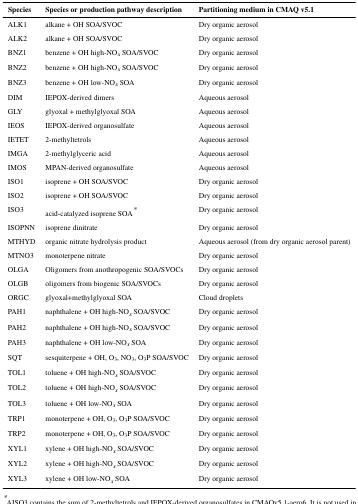
| Species | Species or production pathway description | Partitioning medium in CMAQ v5.1 |
 | --- | --- | --- |
 | ALK1 | alkane + OH SOA/SVOC | Dry organic aerosol |
 | ALK2 | alkane + OH SOA/SVOC | Dry organic aerosol |
 | BNZ1 | benzene + OH high-NOx SOA/SVOC | Dry organic aerosol |
 | BNZ2 | benzene + OH high-NOx SOA/SVOC | Dry organic aerosol |
 | BNZ3 | benzene + OH low-NOx SOA | Dry organic aerosol |
 | DIM | IEPOX-derived dimers | Aqueous aerosol |
 | GLY | glyoxal + methylglyoxal SOA | Aqueous aerosol |
 | IEOS | IEPOX-derived organosulfate | Aqueous aerosol |
 | IETET | 2-methyltetrols | Aqueous aerosol |
 | IMGA | 2-methylglyceric acid | Aqueous aerosol |
 | IMOS | MPAN-derived organosulfate | Aqueous aerosol |
 | ISO1 | isoprene + OH SOA/SVOC | Dry organic aerosol |
 | ISO2 | isoprene + OH SOA/SVOC | Dry organic aerosol |
 | ISO3 | acid-catalyzed isoprene SOA* | Dry organic aerosol |
 | ISOPNN | isoprene dinitrate | Dry organic aerosol |
 | MTHYD | organic nitrate hydrolysis product | Aqueous aerosol (from dry organic aerosol parent) |
 | MTNO3 | monoterpene nitrate | Dry organic aerosol |
 | OLGA | Oligomers from anothropogenic SOA/SVOCs | Dry organic aerosol |
 | OLGB | oligomers from biogenic SOA/SVOCs | Dry organic aerosol |
 | ORGC | glyoxal+methylglyoxal SOA | Cloud droplets |
 | PAH1 | naphthalene + OH high-NOx SOA/SVOC | Dry organic aerosol |
 | PAH2 | naphthalene + OH high-NOx SOA/SVOC | Dry organic aerosol |
 | PAH3 | naphthalene + OH low-NOx SOA | Dry organic aerosol |
 | SQT | sesquiterpene + OH, O3, NO3, O3P SOA/SVOC | Dry organic aerosol |
 | TOL1 | toluene + OH high-NOx SOA/SVOC | Dry organic aerosol |
 | TOL2 | toluene + OH high-NOx SOA/SVOC | Dry organic aerosol |
 | TOL3 | toluene + OH low-NOx SOA | Dry organic aerosol |
 | TRP1 | monoterpene + OH, O3, O3P SOA/SVOC | Dry organic aerosol |
 | TRP2 | monoterpene + OH, O3, O3P SOA/SVOC | Dry organic aerosol |
 | XYL1 | xylene + OH high-NOx SOA/SVOC | Dry organic aerosol |
 | XYL2 | xylene + OH high-NOx SOA/SVOC | Dry organic aerosol |
 | XYL3 | xylene + OH low-NOx SOA | Dry organic aerosol |